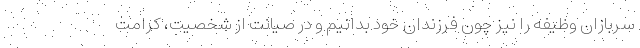
سربازان وظیفه را نیز چون فرزندان خود بدانیم و در صیانت از شخصیت، کرامت